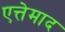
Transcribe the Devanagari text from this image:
एत्तेमाद